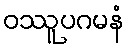
ဝဿူပဂမနံ